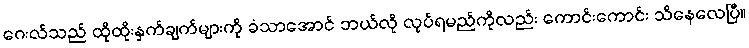
ဂေးလ်သည် ထိုထိုးနှက်ချက်များကို ခံသာအောင် ဘယ်လို လုပ်ရမည်ကိုလည်း ကောင်းကောင်း သိနေလေပြီ။